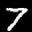
Label: 7